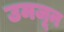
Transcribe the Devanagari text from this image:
उमजून